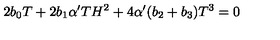
2 b _ { 0 } T + 2 b _ { 1 } \alpha ^ { \prime } T H ^ { 2 } + 4 \alpha ^ { \prime } ( b _ { 2 } + b _ { 3 } ) T ^ { 3 } = 0